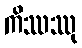
ကိဿဿု